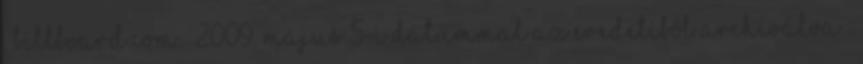
. billboard.com. 2009. május 5-i dátummal az eredetiből archiválva .